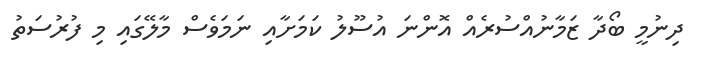
ދިނުމީ ބޯދާ ޒަމާނުއްސުރެއް އޮންނަ އުސޫލު ކަމަށާއި ނަމަވެސް މާލޭގައި މި ފުރުސަތު